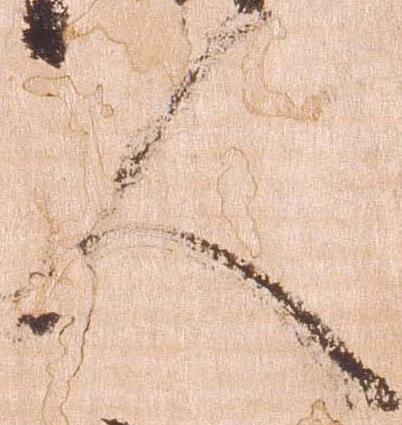
人